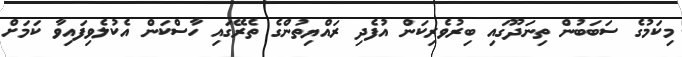
މިކަމުގެ ސަބަބުން ތިނަދޫގައި ބިރުވެރިކަން އުފެދި ރައްޔިތުންގެ ތެރޭގައި ހާސްކަން އެކުލެވިފައިވާ ކަމަށް